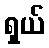
ရှယ်